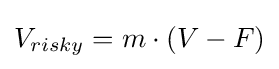
V_{risky}=m\cdot (V-F)